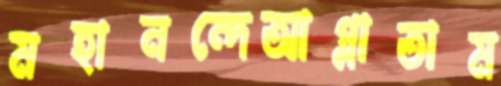
মহানন্দেআগ্‌লাতাম